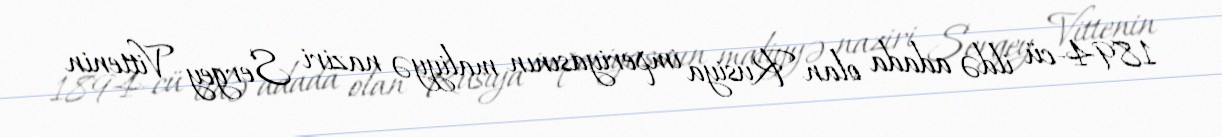
1894-cü ildə adada olan Rusiya imperiyasının maliyyə naziri Sergey Vittenin